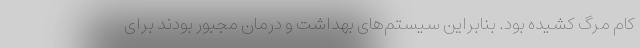
کام مرگ کشیده بود. بنابراین سیستم‌های بهداشت و درمان مجبور بودند برای